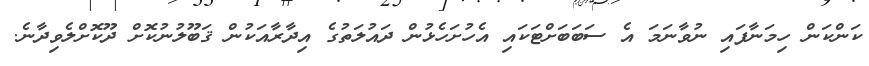
ކަންކަން ހިމަނާފައި ނުވާނަމަ އެ ސަބަބަށްޓަކައި އެހުށަހެޅުން ދައުލަތުގެ އިދާރާއަކުން ޤަބޫލުނުކޮށް ދޫކޮށްލެވިދާނެ.